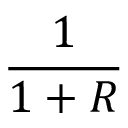
\frac { 1 } { 1 + R }